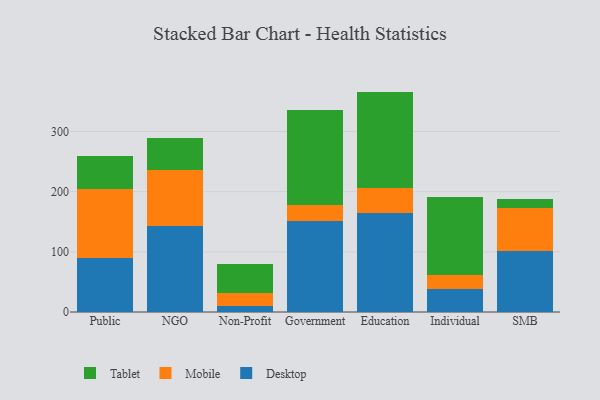
{"axis": {"x": "Segment", "y": "Gross Profit (USD K)"}, "legend": ["Desktop", "Mobile", "Tablet"], "data": [{"x": "Public", "y": 89.8, "type": "Desktop"}, {"x": "Public", "y": 115.0, "type": "Mobile"}, {"x": "Public", "y": 54.2, "type": "Tablet"}, {"x": "NGO", "y": 142.2, "type": "Desktop"}, {"x": "NGO", "y": 93.5, "type": "Mobile"}, {"x": "NGO", "y": 53.0, "type": "Tablet"}, {"x": "Non-Profit", "y": 9.4, "type": "Desktop"}, {"x": "Non-Profit", "y": 21.4, "type": "Mobile"}, {"x": "Non-Profit", "y": 48.4, "type": "Tablet"}, {"x": "Government", "y": 151.3, "type": "Desktop"}, {"x": "Government", "y": 26.7, "type": "Mobile"}, {"x": "Government", "y": 158.5, "type": "Tablet"}, {"x": "Education", "y": 165.0, "type": "Desktop"}, {"x": "Education", "y": 41.3, "type": "Mobile"}, {"x": "Education", "y": 160.0, "type": "Tablet"}, {"x": "Individual", "y": 37.9, "type": "Desktop"}, {"x": "Individual", "y": 23.3, "type": "Mobile"}, {"x": "Individual", "y": 130.3, "type": "Tablet"}, {"x": "SMB", "y": 101.2, "type": "Desktop"}, {"x": "SMB", "y": 71.6, "type": "Mobile"}, {"x": "SMB", "y": 14.6, "type": "Tablet"}]}